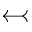
\leftarrowtail